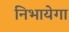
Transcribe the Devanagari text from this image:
निभायेगा